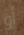
أو